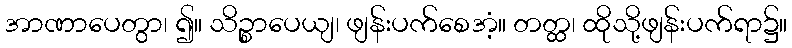
အာဏာပေတွာ၊ ၍။ သိဉ္စာပေယျ၊ ဖျန်းပက်စေအံ့။ တတ္ထ၊ ထိုသို့ဖျန်းပက်ရာ၌။